Eesti_Rahvusfond, lk 41
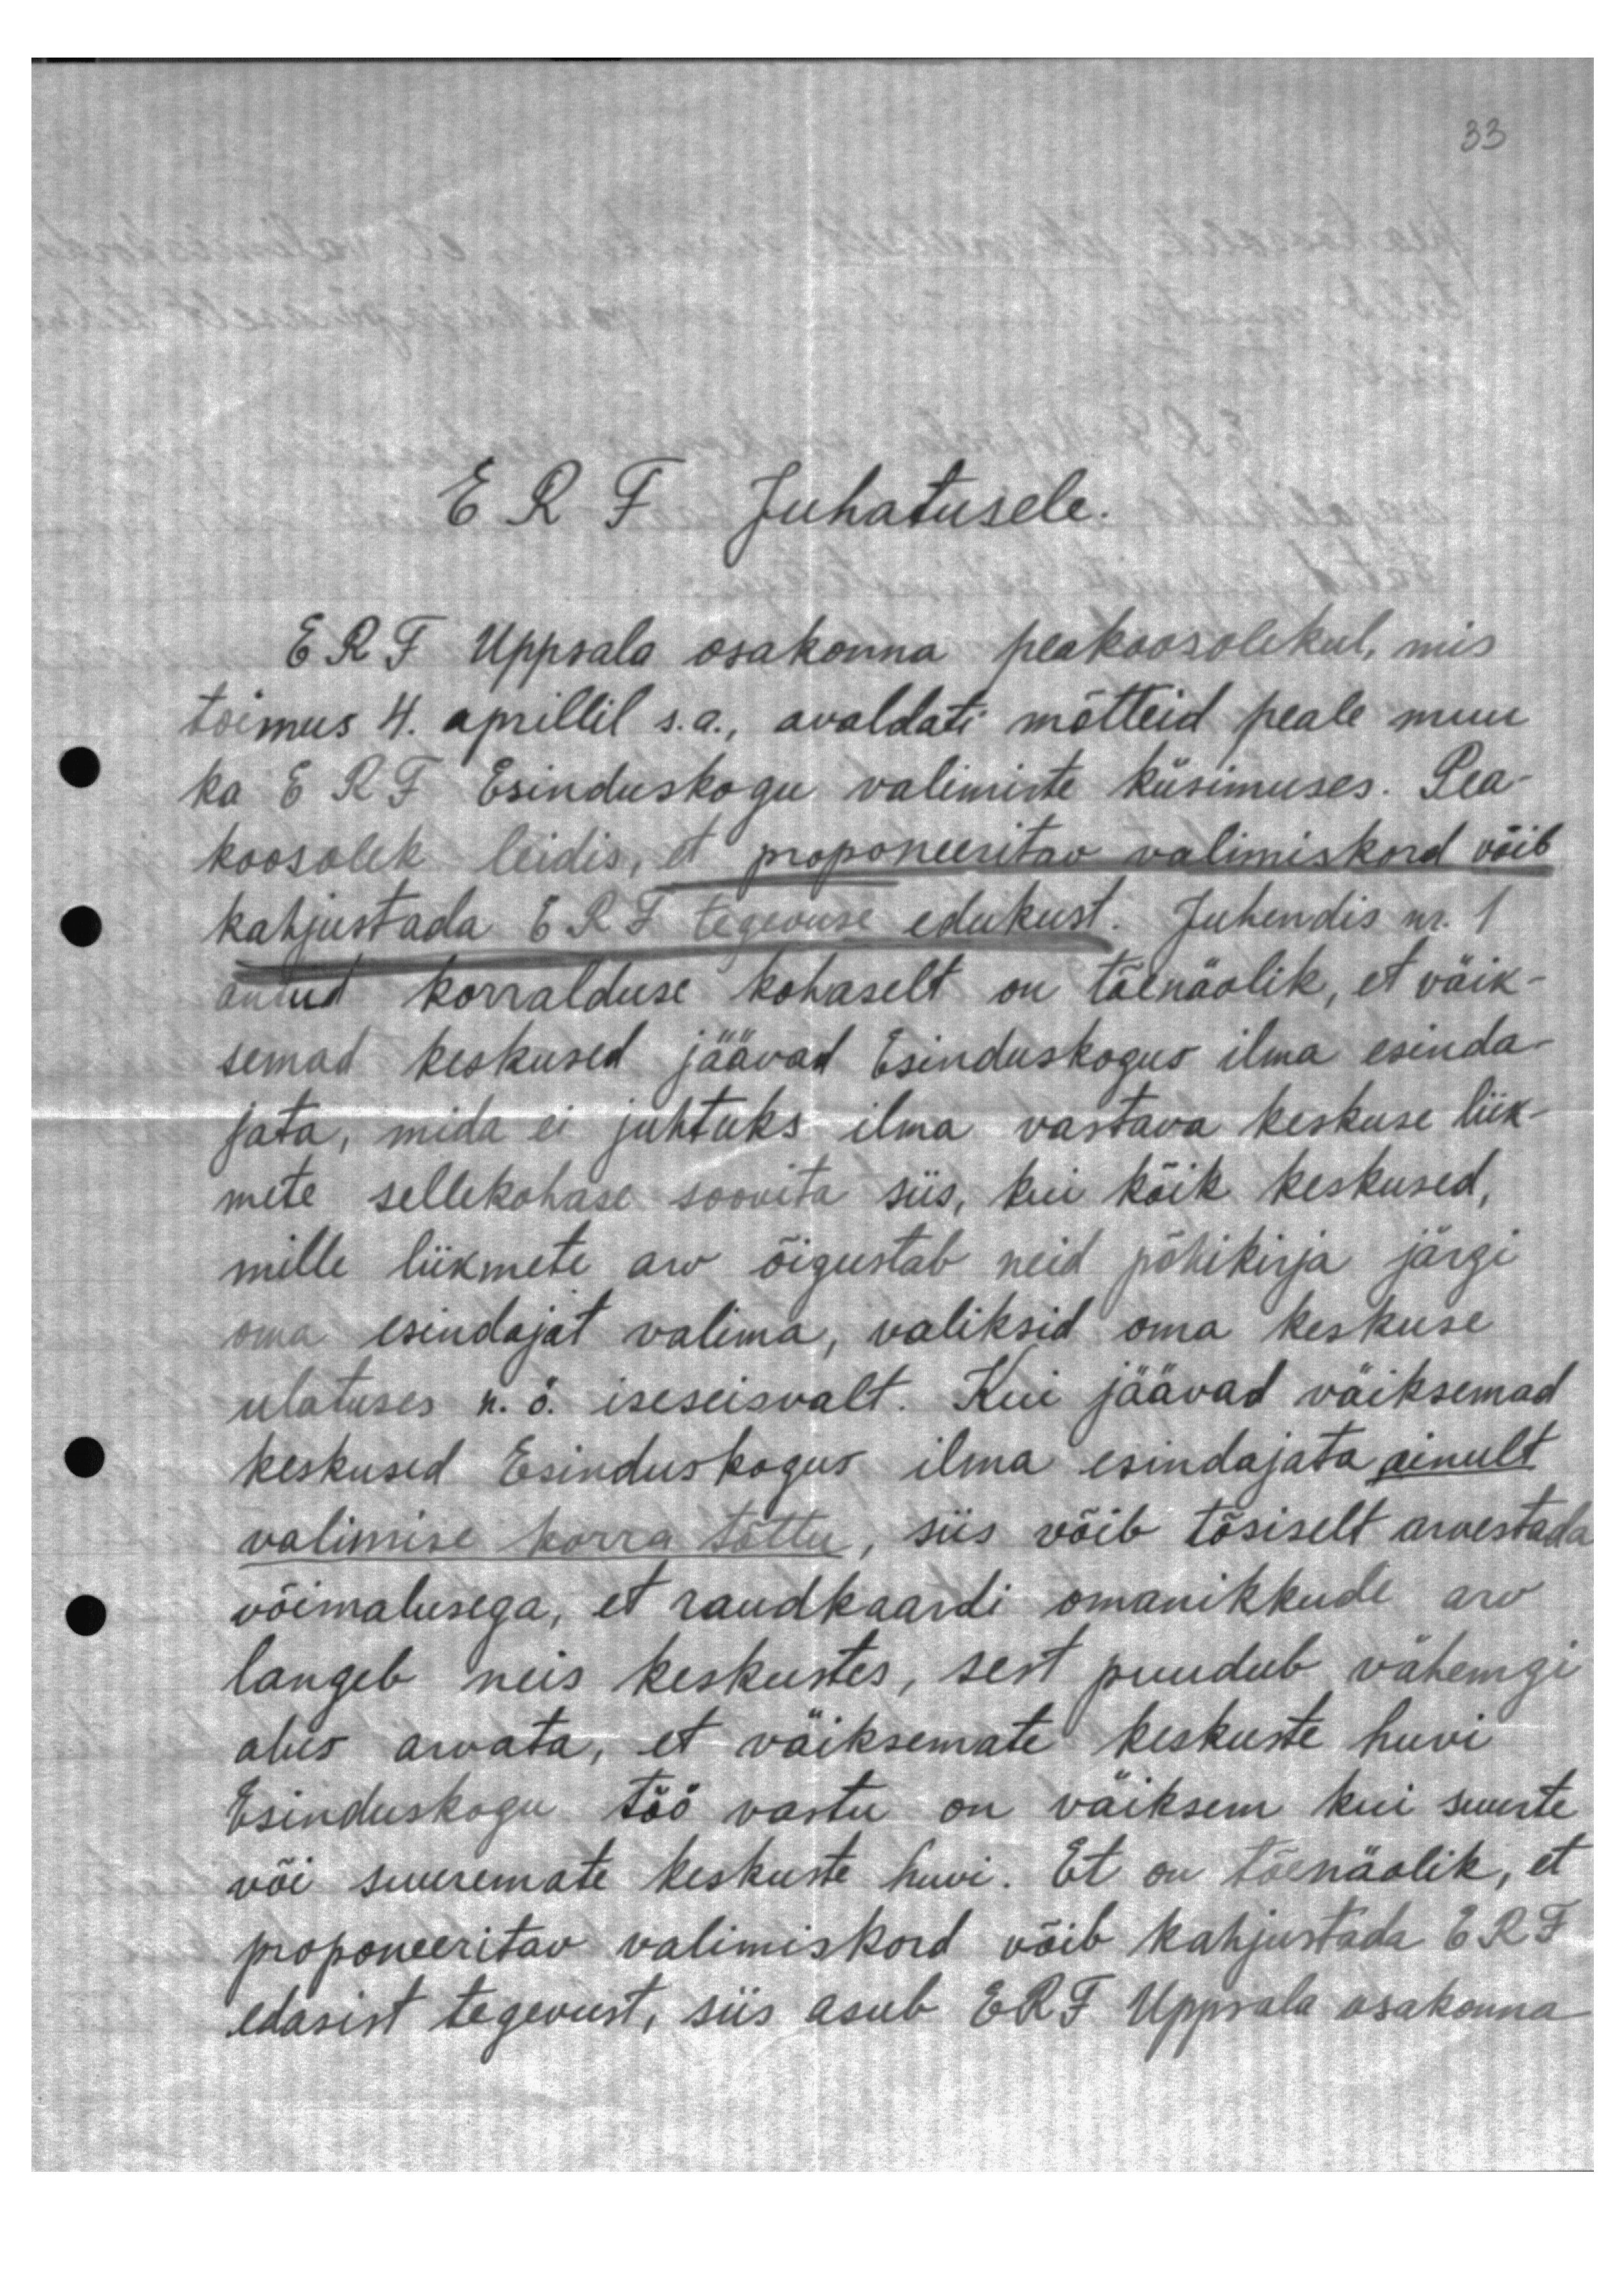
ERF Juhatusele.

ERF Uppsala osakonna peakoosolekul, mis
toimus 4. aprillil s.a., avaldati mõtteid peale muu
ka ERF Esinduskogu valimiste küsimuses. Pea-
koosolek leidis, et proponeeritav valimiskord võib
kahjustada ERF tegevuse edukust. Juhendis nr. 1
antud korralduse kohaselt on tõenäolik, et väik-
semad keskused jäävad Esinduskogus ilma esinda-
jata, mida ei juhtuks ilma vastava keskuse liik-
mete sellekohase soovita siis, kui kõik keskused,
mille liikmete arv õigustab neid põhikirja järgi
oma esindajat valima, valiksid oma keskuse
ulatuses n.ö. iseseisvalt. Kui jäävad väiksemad
keskused Esinduskogus ilma esindajata ainult
valimise korra tõttu, siis võib tõsiselt arvestada
võimalusega, et raudkaardi omanikkude arv
langeb neis keskustes, sest puudub vähemgi
alus arvata, et väiksemate keskuste huvi-
Esinduskogu töö vastu on väiksem kui suurte
või suuremate keskuste huvi. Et on tõenäolik, et
proponeeritav valimiskord võib kahjustada ERF
edasist tegevust, siis asub ERF Uppsala osakonna